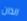
الذان